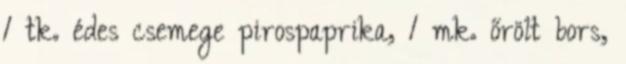
1 tk. édes csemege pirospaprika, 1 mk. őrölt bors,